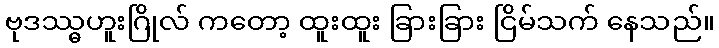
ဗုဒဿ္ဓဟူးဂြိုလ် ကတော့ ထူးထူး ခြားခြား ငြိမ်သက် နေသည်။